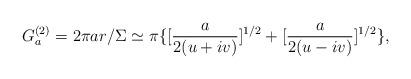
LaTeX: \begin{align*}G_a^{(2)}= 2 \pi ar/\Sigma \simeq \pi \{[\frac{a}{2(u+iv)}]^{1/2} + [\frac {a}{2(u-iv)}]^{1/2}\},\end{align*}